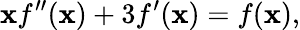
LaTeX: \mathbf{x}f^{\prime\prime}(\mathbf{x})+3f^{\prime}(\mathbf{x})=f(\mathbf{x}),